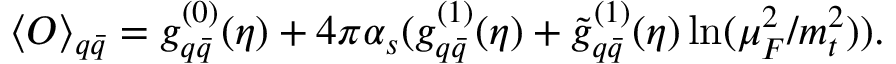
\langle { \cal O } \rangle _ { q \bar { q } } = g _ { q \bar { q } } ^ { ( 0 ) } ( \eta ) + 4 \pi \alpha _ { s } ( g _ { q \bar { q } } ^ { ( 1 ) } ( \eta ) + { \tilde { g } } _ { q \bar { q } } ^ { ( 1 ) } ( \eta ) \ln ( \mu _ { F } ^ { 2 } / m _ { t } ^ { 2 } ) ) .